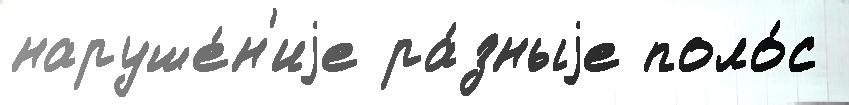
наруше́н'иjе ра́зныjе поло́с